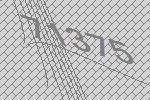
71375